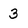
Character: 3